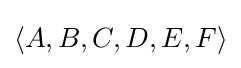
\langle A,B,C,D,E,F\rangle